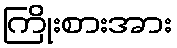
ကြိုးစားအား